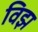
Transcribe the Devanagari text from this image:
विझ